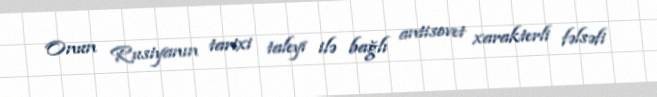
Onun Rusiyanın tarixi taleyi ilə bağlı antisovet xarakterli fəlsəfi